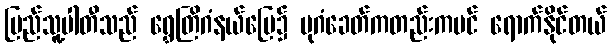
ပြည်သူ့ပါတီသည် ရွှေတြိဂံနယ်မြေ၌ ပုဂံခေတ်ကတည်းကပင် ရောက်နိုင်တယ်